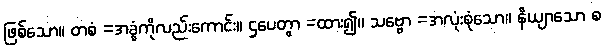
ဖြစ်သော။ တစံ =အခွံကိုလည်းကောင်း။ ဌပေတွာ =ထား၍။ သဗ္ဗော =အလုံးစုံသော။ နိယျာသော စ